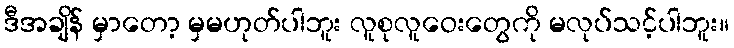
ဒီအချိန် မှာတော့ မှမဟုတ်ပါဘူး လူစုလူဝေးတွေကို မလုပ်သင့်ပါဘူး။